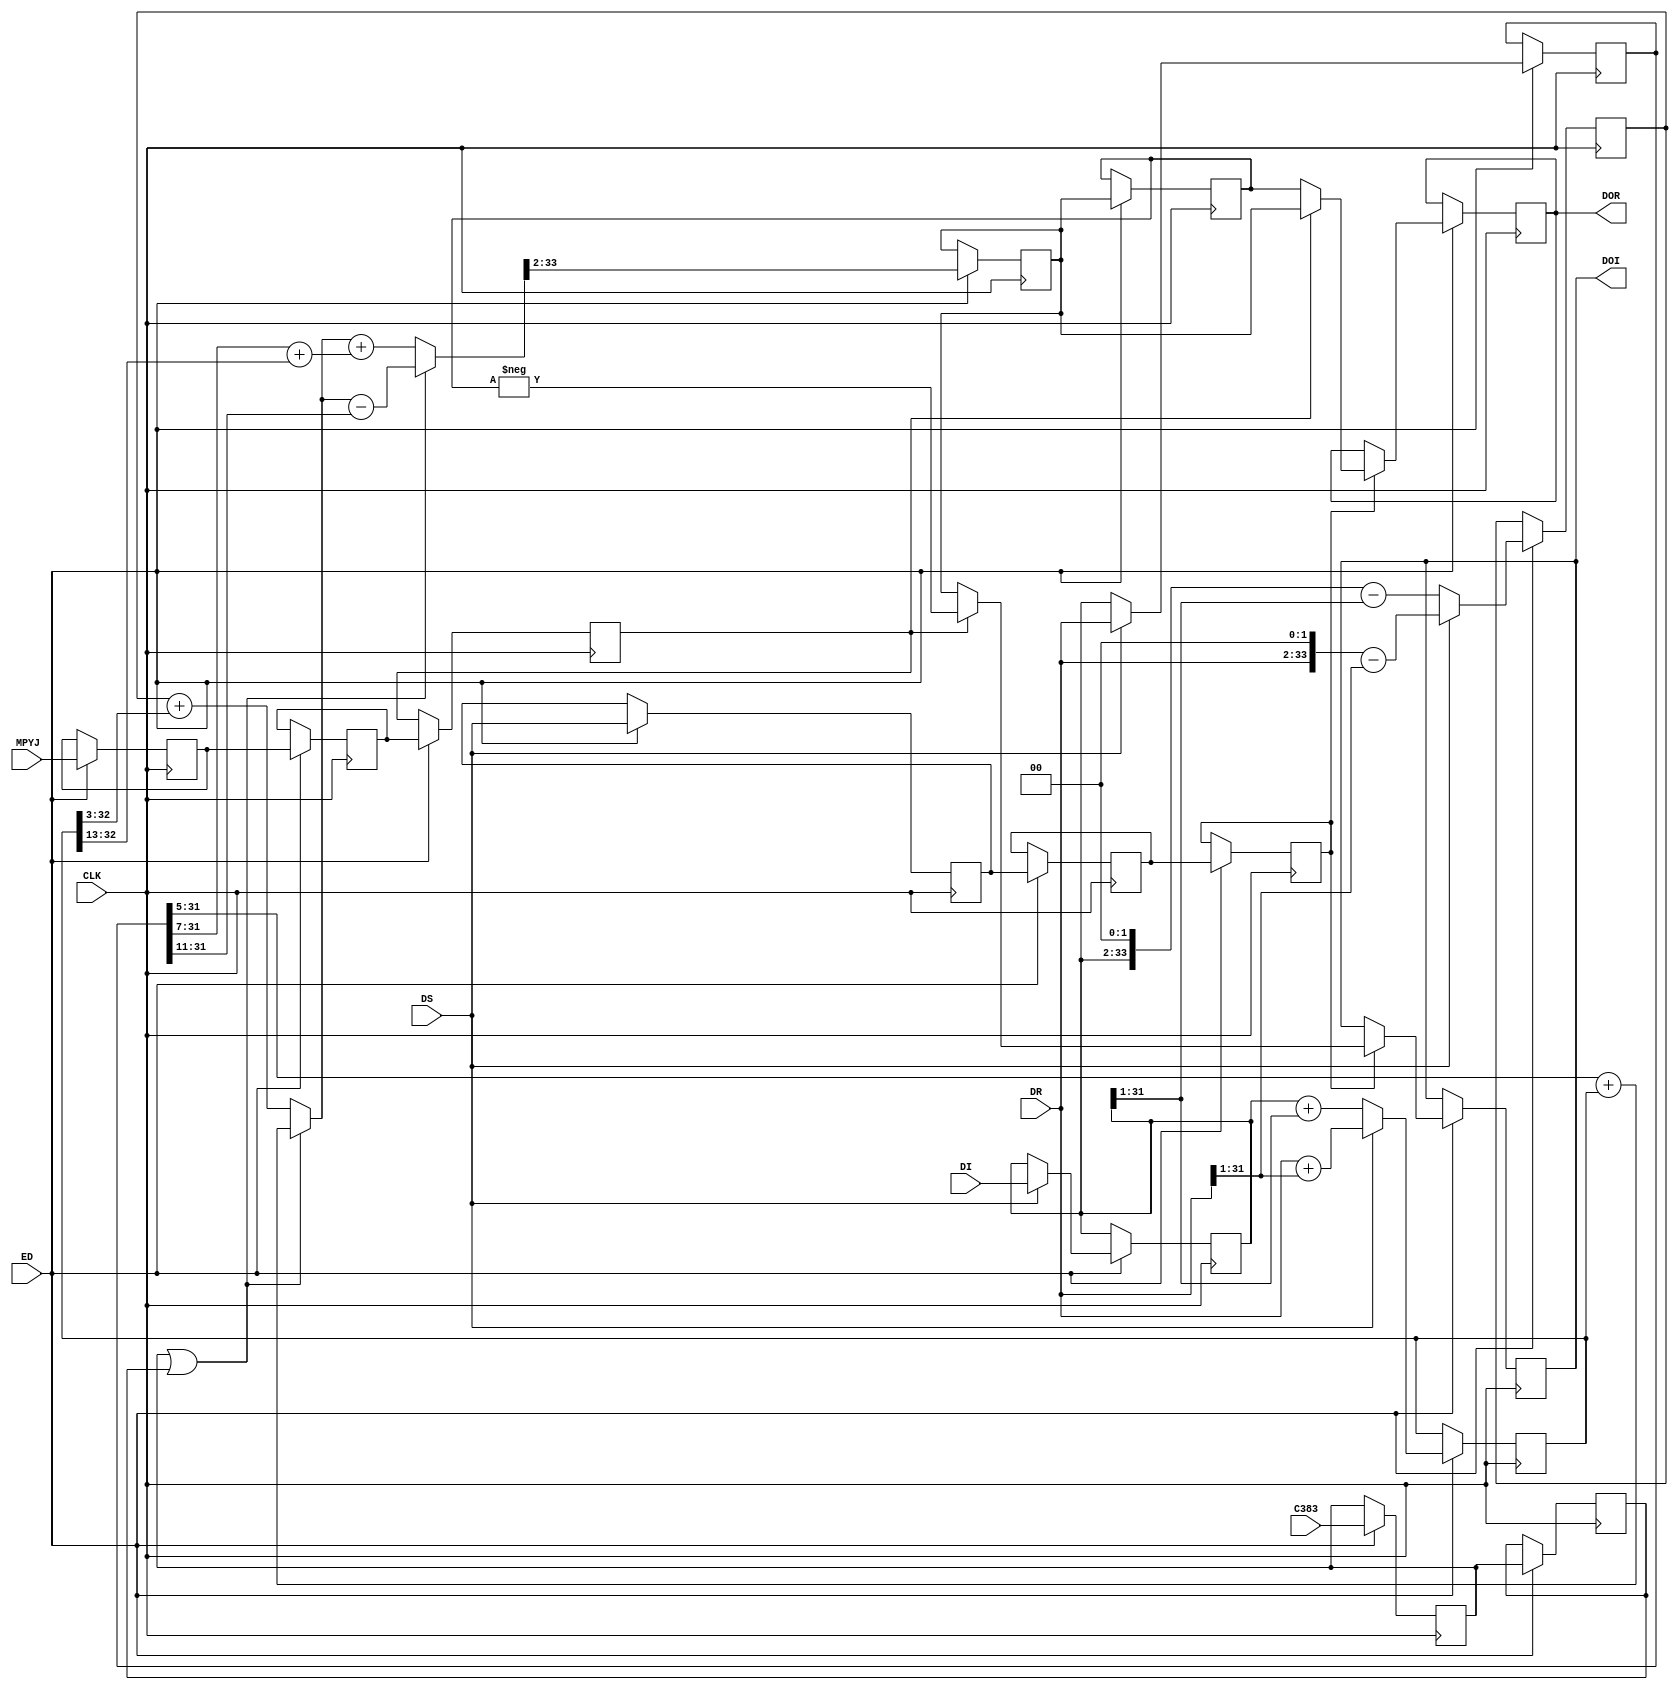
module MPUC924_383 ( CLK,DS ,ED, MPYJ,C383,DR,DI ,DOR ,DOI  );
	parameter total_bits = 32;
	input CLK ;
	wire CLK ;
	input DS ;
	wire DS ;
	input ED; 					//data strobe
	input MPYJ ;				//the result is multiplied by -j
	wire MPYJ ;
	input C383 ;				//the coefficient is 0.383
	wire C383 ;
	input [total_bits-1:0] DR ;
	wire signed [total_bits-1:0] DR ;
	input [total_bits-1:0] DI ;
	wire signed [total_bits-1:0] DI ;	   
	
	output [total_bits-1:0] DOR ;
	reg [total_bits-1:0] DOR ;	
	output [total_bits-1:0] DOI ;
	reg [total_bits-1:0] DOI ;	 
	
	reg signed [total_bits+1 :0] dx7;	 
	reg signed [total_bits :0] dx3;	 
	reg signed [total_bits-1 :0] dii;	 
	reg signed	[total_bits-1 : 0] dt;		   
	wire signed [total_bits+1 : 0]  dx5p; 
	wire  signed  [total_bits+1 : 0] dot;	
	reg edd,edd2, edd3;        		//delayed data enable impulse        
	reg mpyjd,mpyjd2,mpyjd3,c3d,c3d2,c3d3;
	reg [total_bits-1:0] doo ;	
	reg [total_bits-1:0] droo ;	
	
	always @(posedge CLK)
		begin
			if (ED) begin	  
					edd<=DS;
					edd2<=edd;	
					edd3<=edd2;	
					mpyjd<=MPYJ;
					mpyjd2<=mpyjd;
					mpyjd3<=mpyjd2;		
					c3d<=C383;
					c3d2<=c3d;
					c3d3<=c3d2;
					if (DS)	 begin				   		//	 1_00T0_1100_1000_0011	
							dx7<=(DR<<2) - (DR >>>1);	 //multiply by 7 
							dx3<=DR+(DR >>>1);	 //multiply by 3, 
							dt<=DR;	  
							dii<=DI;
						end
					else	 begin
							dx7<=(dii<<2) - (dii >>>1);	 //multiply by 7
							dx3<=dii +(dii >>>1);	 //multiply by  3 
							dt<=dii;
					end	  
					if (c3d || c3d2)  	doo<=dot >>>2;	
					else			doo<=dot >>>2;		 
						
					droo<=doo;	
					if (edd3) 	 
						if (mpyjd3) begin
								DOR<=doo;
							DOI<= - droo; end
						else begin
								DOR<=droo;
							DOI<=  doo; end					
				end 
		end		
		
	assign dx5p=	(c3d || c3d2)? ((dt>>>5)+dx3)  : ( dx7+(dx3>>>3));		// multiply by  0_0110_001	
                     	//or  multiply by  1_00T0_11
	
	
	assign   dot=	(c3d || c3d2)? dx5p-(dt>>>11) :(dx5p+((dt>>>7) +(dx3>>>13)));// by 	0_0110_0010_0000_T 
	            //or  multiply by 	1_00T0_1100_1000_0011
 	
	
	
	
endmodule